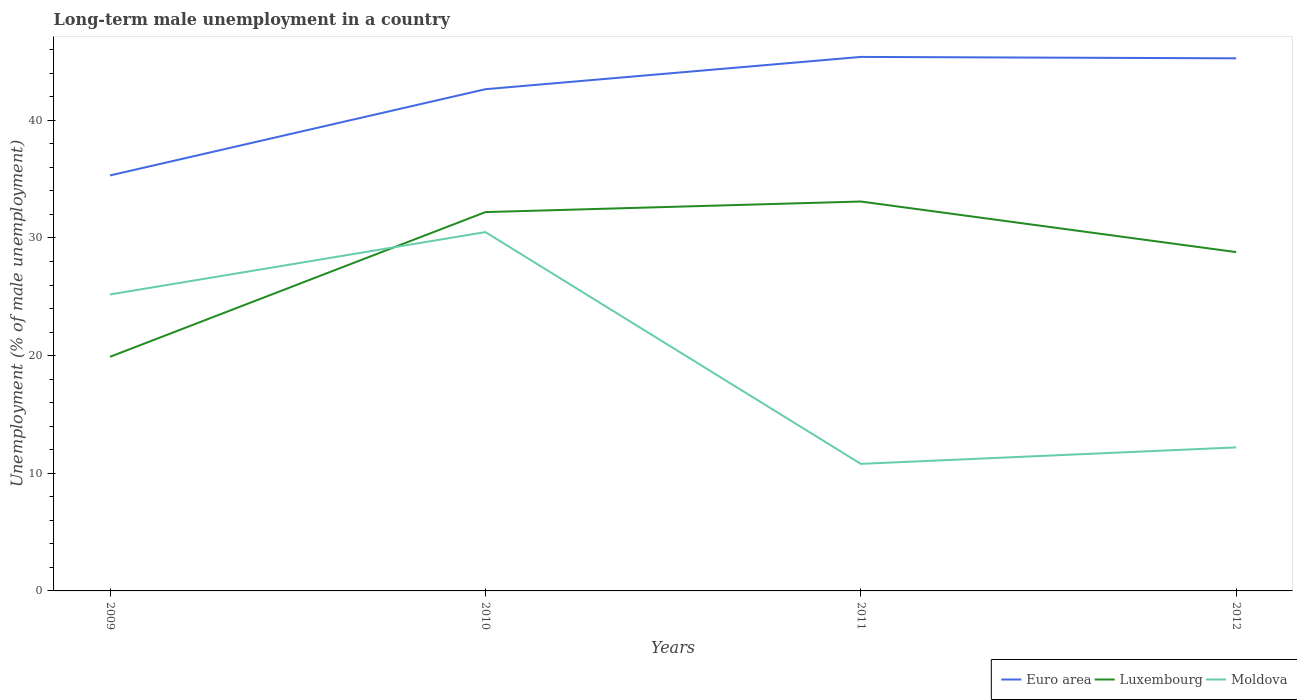
| Years | Euro area | Luxembourg | Moldova |
 | --- | --- | --- | --- |
 | 2009 | 35.3 | 19.9 | 25.2 |
 | 2010 | 42.6 | 32.2 | 30.5 |
 | 2011 | 45.4 | 33.1 | 10.8 |
 | 2012 | 45.3 | 28.8 | 12.2 |